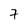
Character: 7